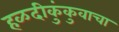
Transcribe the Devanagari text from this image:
हळदीकुंकुवाचा